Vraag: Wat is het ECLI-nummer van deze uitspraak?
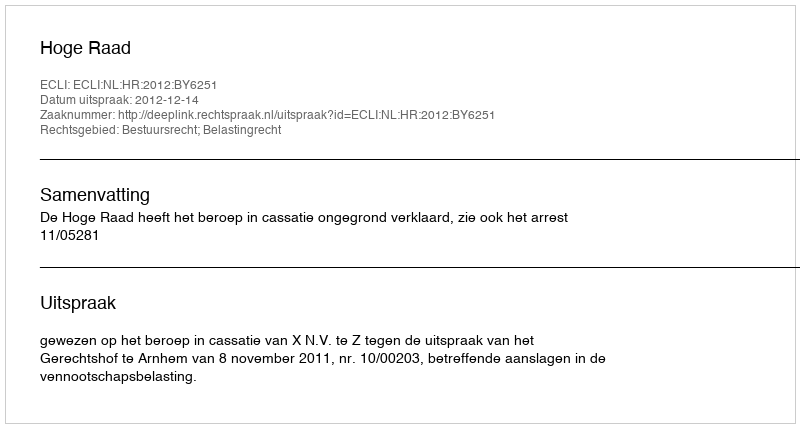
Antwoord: ECLI:NL:HR:2012:BY6251